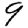
Digit: 9